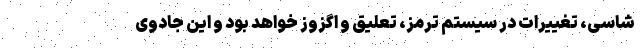
شاسی، تغییرات در سیستم ترمز، تعلیق و اگزوز خواهد بود و این جادوی